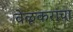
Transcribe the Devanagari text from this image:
वेळूकरांचा